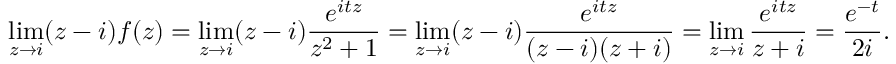
\operatorname* { l i m } _ { z \to i } ( z - i ) f ( z ) = \operatorname* { l i m } _ { z \to i } ( z - i ) { \frac { e ^ { i t z } } { z ^ { 2 } + 1 } } = \operatorname* { l i m } _ { z \to i } ( z - i ) { \frac { e ^ { i t z } } { ( z - i ) ( z + i ) } } = \operatorname* { l i m } _ { z \to i } { \frac { e ^ { i t z } } { z + i } } = { \frac { e ^ { - t } } { 2 i } } .